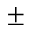
\pm